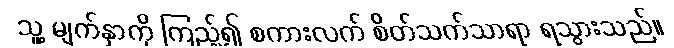
သူ့ မျက်နှာကို ကြည့်၍ စကားလက် စိတ်သက်သာရာ ရသွားသည်။